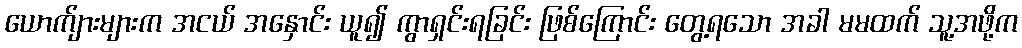
ယောက်ျားများက အငယ် အနှောင်း ယူ၍ ကွာရှင်းရခြင်း ဖြစ်ကြောင်း တွေ့ရသော အခါ မမထက် သူ့အဖို့က